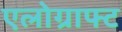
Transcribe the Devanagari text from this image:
एलोग्राफ्ट